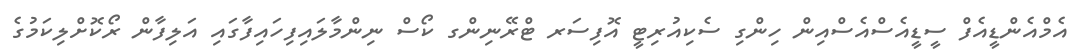
އެމްއެންޑީއެފް ސީޑީއެސްއެސްއިން ހިންގި ސެކިއުރިޓީ އޮފިސަރ ޓްރޭނިންގ ކޯސް ނިންމާލައިފިހައިފާގައި އަލިފާން ރޯކޮށްލިކަމުގެ